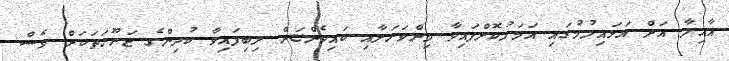
އާއިލާ އަށް އަޅައިލުމުގައި އަމަލުކޮށްފައިވާ މިންވަރަށާއި ކައިވެންޏަށް ލިބިފައިވާ ކުދިންގެ ޒަރޫރަތަކަށް ވެސް